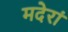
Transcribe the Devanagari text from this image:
मदेरां